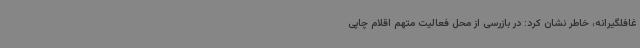
غافلگیرانه، خاطر نشان کرد: در بازرسی از محل فعالیت متهم اقلام چاپی